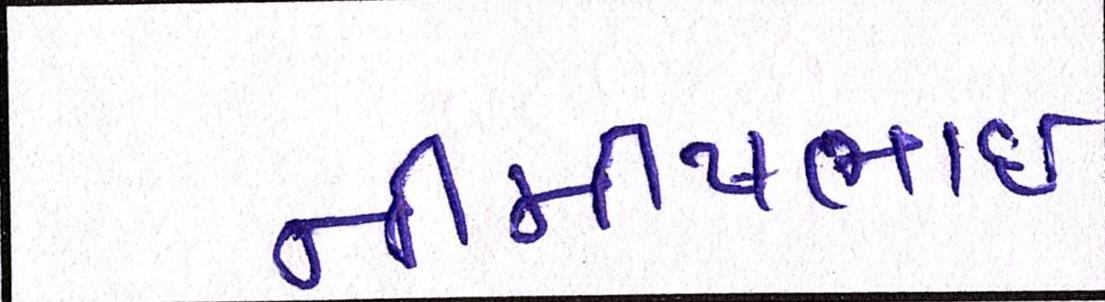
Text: નીમીષભાઈ